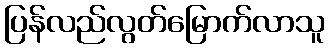
ပြန်လည်လွတ်မြောက်လာသူ